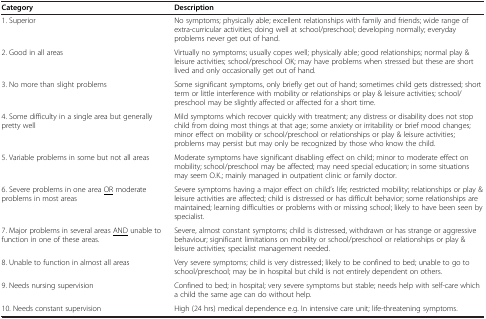
<table><thead><tr><td><b>Category</b></td><td><b>Description</b></td></tr></thead><tbody><tr><td>1. Superior</td><td>No symptoms; physically able; excellent relationships with family and friends; wide range of extra-curricular activities; doing well at school/preschool; developing normally; everyday problems never get out of hand.</td></tr><tr><td>2. Good in all areas</td><td>Virtually no symptoms; usually copes well; physically able; good relationships; normal play &amp; leisure activities; school/preschool OK; may have problems when stressed but these are short lived and only occasionally get out of hand.</td></tr><tr><td>3. No more than slight problems</td><td>Some significant symptoms, only briefly get out of hand; sometimes child gets distressed; short term or little interference with mobility or relationships or play &amp; leisure activities; school/preschool may be slightly affected or affected for a short time.</td></tr><tr><td>4. Some difficulty in a single area but generally pretty well</td><td>Mild symptoms which recover quickly with treatment; any distress or disability does not stop child from doing most things at that age; some anxiety or irritability or brief mood changes; minor effect on mobility or school/preschool or relationships or play &amp; leisure activities; problems may persist but may only be recognized by those who know the child.</td></tr><tr><td>5. Variable problems in some but not all areas</td><td>Moderate symptoms have significant disabling effect on child; minor to moderate effect on mobility; school/preschool may be affected; may need special education; in some situations may seem O.K.; mainly managed in outpatient clinic or family doctor.</td></tr><tr><td>6. Severe problems in one area <underline>OR</underline> moderate problems in most areas</td><td>Severe symptoms having a major effect on child’s life; restricted mobility; relationships or play &amp; leisure activities are affected; child is distressed or has difficult behavior; some relationships are maintained; learning difficulties or problems with or missing school; likely to have been seen by specialist.</td></tr><tr><td>7. Major problems in several areas <underline>AND</underline> unable to function in one of these areas.</td><td>Severe, almost constant symptoms; child is distressed, withdrawn or has strange or aggressive behaviour; significant limitations on mobility or school/preschool or relationships or play &amp; leisure activities; specialist management needed.</td></tr><tr><td>8. Unable to function in almost all areas</td><td>Very severe symptoms; child is very distressed; likely to be confined to bed; unable to go to school/preschool; may be in hospital but child is not entirely dependent on others.</td></tr><tr><td>9. Needs nursing supervision</td><td>Confined to bed; in hospital; very severe symptoms but stable; needs help with self-care which a child the same age can do without help.</td></tr><tr><td>10. Needs constant supervision</td><td>High (24 hrs) medical dependence e.g. In intensive care unit; life-threatening symptoms.</td></tr></tbody></table>